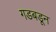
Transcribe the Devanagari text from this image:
गडबडून